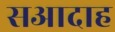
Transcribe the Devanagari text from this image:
सआदाह